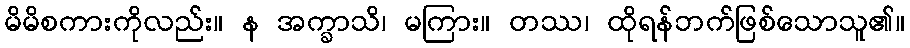
မိမိစကားကိုလည်း။ န အက္ခာသိ၊ မကြား။ တဿ၊ ထိုရန်ဘက်ဖြစ်သောသူ၏။